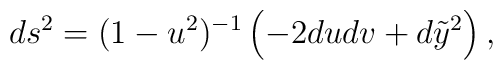
ds^2 = (1-u^2)^{-1} \left( -2du dv + d\tilde y^2 \right),